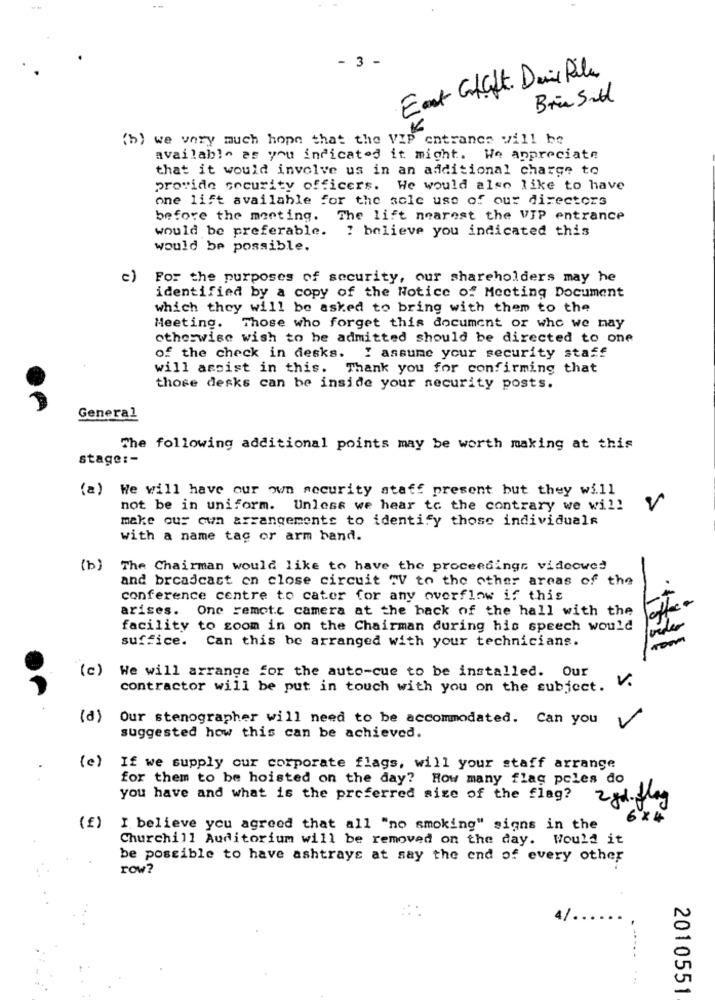
- 3 -
Eat Ghaft. Devil Pile
Brin Sid
K
(b) we very much hope that the VIP entrance will be
available as you indicated it might. We appreciate
that it would involve us in an additional charge to
provide security officers. We would also like to have
one lift available for the sole use of our directors
before the meeting. The lift nearest the VIP entrance
would be preferable. ? believe you indicated this
would be possible.
c)
For the purposes of security, our shareholders may he
identified by a copy of the Notice of Meeting Document
which they will be asked to bring with them to the
Meeting. Those who forget this document or who we may
otherwise wish to be admitted should be directed to one
of the check in desks. I assume your security staff
will assist in this. Thank you for confirming that
those desks can be inside your security posts.
General
The following additional points may be worth making at this
stage: -
(a) We will have our own security staff present but they will
not be in uniform. Unless we hear to the contrary we will
make our own arrangements to identify those individuale
with a name tag or arm band.
(b)
The Chairman would like to have the proceedings videowe?
and broadcast on close circuit "V to the other areas of the
conference centre to cater for any overflow if this
arises. One remote camera at the back of the hall with the
facility to zoom in on the Chairman during his speech would
suffice. Can this be arranged with your technicians.
(c)
We will arrange for the auto-cue to be installed. Our
contractor will be put in touch with you on the subject.
V.
(a)
Our stenographer will need to be accommodated. Can you
V
suggested how this can be achieved.
(e)
If we supply cur corporate flags, will your staff arrange
for them to be hoisted on the day? How many flag pcles do
you have and what is the preferred size of the flag?
2 gd. flog
6 x4
(€)
I believe you agreed that all "no smoking" signs in the
Churchill Auditorium will be removed on the day. Would it
be possible to have ashtrays at say the end of every other
row?
4/
...
2010551